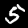
Digit: 5